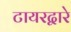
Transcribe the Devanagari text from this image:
टायरद्वारे